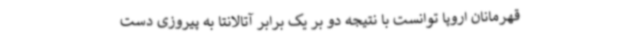
قهرمانان اروپا توانست با نتیجه دو بر یک برابر آتالانتا به پیروزی دست